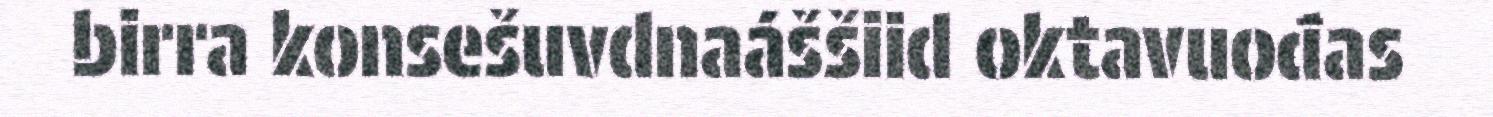
birra konsešuvdnaáššiid oktavuođas